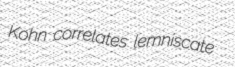
Kohn correlates lemniscate